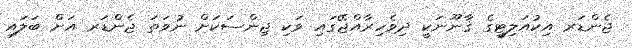
ޖެންޑަރ އިކުއަލިޓީގެ ޤާނޫނަކީ ދިވެހިރާއްޖޭގައި ވަކި ޖިންސަކަށް ނުވަތަ ޖެންޑަރ އަށް ބަލައި